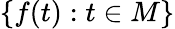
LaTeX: \left\{ f(t):t\in M\right\}